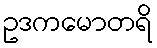
ဥဒကမောတရိ